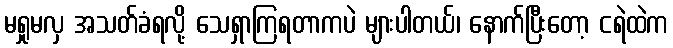
မရှုမလှ အသတ်ခံရလို့ သေရှာကြရတာကပဲ များပါတယ်၊ နောက်ပြီးတော့ ငရဲထဲက